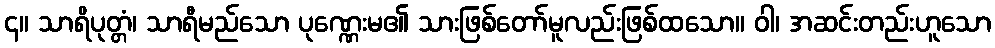
၄။ သာရိပုတ္တံ၊ သာရီမည်သော ပုဏ္ဏေးမ၏ သားဖြစ်တော်မူလည်းဖြစ်ထသော။ ဝါ၊ အဆင်းတည်းဟူသော